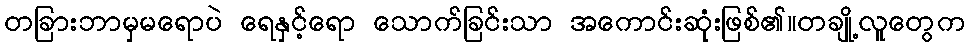
တခြားဘာမှမရောပဲ ရေနှင့်ရော သောက်ခြင်းသာ အကောင်းဆုံးဖြစ်၏။တချို့လူတွေက